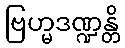
ဗြဟ္မဒဏ္ဍန္တိ